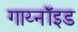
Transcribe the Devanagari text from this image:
गाय्नॉइड